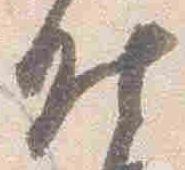
昨